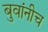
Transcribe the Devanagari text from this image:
बुवांनीच